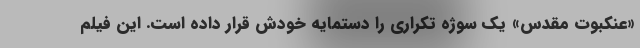
«عنکبوت مقدس» یک سوژه تکراری را دستمایه خودش قرار داده است. این فیلم